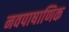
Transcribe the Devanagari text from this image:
नवपाषाणिक